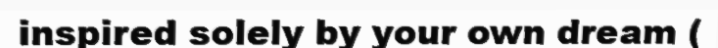
inspired solely by your own dream (